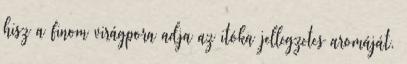
hisz a finom virágpora adja az itóka jellegzetes aromáját.